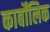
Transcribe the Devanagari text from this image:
कार्बोंलिक